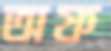
অফ